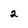
Character: 2